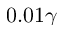
0 . 0 1 \gamma